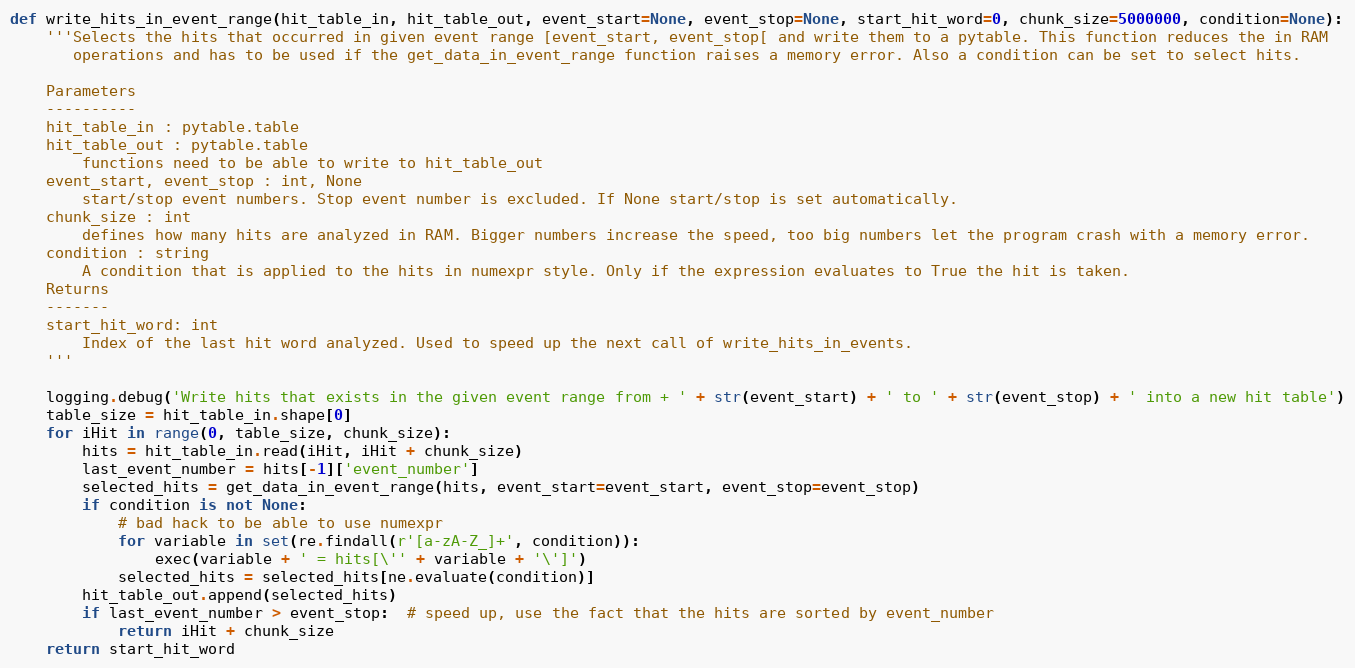
Language: Python
def write_hits_in_event_range(hit_table_in, hit_table_out, event_start=None, event_stop=None, start_hit_word=0, chunk_size=5000000, condition=None):
    '''Selects the hits that occurred in given event range [event_start, event_stop[ and write them to a pytable. This function reduces the in RAM
       operations and has to be used if the get_data_in_event_range function raises a memory error. Also a condition can be set to select hits.

    Parameters
    ----------
    hit_table_in : pytable.table
    hit_table_out : pytable.table
        functions need to be able to write to hit_table_out
    event_start, event_stop : int, None
        start/stop event numbers. Stop event number is excluded. If None start/stop is set automatically.
    chunk_size : int
        defines how many hits are analyzed in RAM. Bigger numbers increase the speed, too big numbers let the program crash with a memory error.
    condition : string
        A condition that is applied to the hits in numexpr style. Only if the expression evaluates to True the hit is taken.
    Returns
    -------
    start_hit_word: int
        Index of the last hit word analyzed. Used to speed up the next call of write_hits_in_events.
    '''

    logging.debug('Write hits that exists in the given event range from + ' + str(event_start) + ' to ' + str(event_stop) + ' into a new hit table')
    table_size = hit_table_in.shape[0]
    for iHit in range(0, table_size, chunk_size):
        hits = hit_table_in.read(iHit, iHit + chunk_size)
        last_event_number = hits[-1]['event_number']
        selected_hits = get_data_in_event_range(hits, event_start=event_start, event_stop=event_stop)
        if condition is not None:
            # bad hack to be able to use numexpr
            for variable in set(re.findall(r'[a-zA-Z_]+', condition)):
                exec(variable + ' = hits[\'' + variable + '\']')
            selected_hits = selected_hits[ne.evaluate(condition)]
        hit_table_out.append(selected_hits)
        if last_event_number > event_stop:  # speed up, use the fact that the hits are sorted by event_number
            return iHit + chunk_size
    return start_hit_word